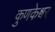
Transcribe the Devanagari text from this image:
कुणकेश्र्वर